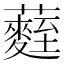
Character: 𮒻